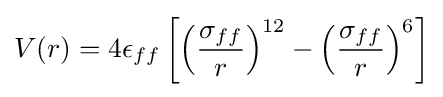
V(r)=4\epsilon _{ff}\left[\left({\frac {\sigma _{ff}}{r}}\right)^{12}-\left({\frac {\sigma _{ff}}{r}}\right)^{6}\right]